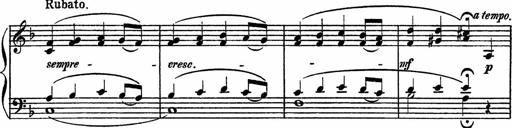
Title: Piano Sonatinas
Composer: Charles Fradel